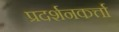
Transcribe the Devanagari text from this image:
प्रदर्शनकर्त्ता